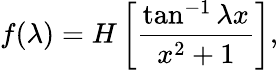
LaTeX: f(\lambda)=H\left[\frac{\tan^{-1}\lambda x}{x^{2}+1}\right],